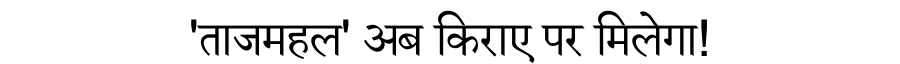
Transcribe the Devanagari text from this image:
'ताजमहल' अब किराए पर मिलेगा!